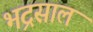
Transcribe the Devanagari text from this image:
भद्रसाल